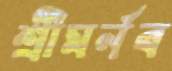
শ্রীমর্নব